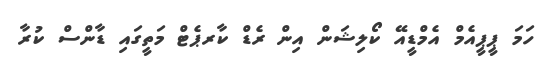
ހަމަ ޕީޕީއެމް އެމްޑީއޭ ކޯލިޝަން އިން ރެޑް ކާރޕެޓް މަތީގައި ޑާންސް ކުރާ